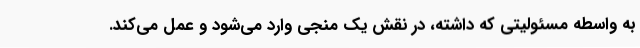
به واسطه مسئولیتی که داشته، در نقش یک منجی وارد می‌شود و عمل می‌کند.